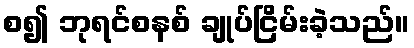
စ၍ ဘုရင်စနစ် ချုပ်ငြိမ်းခဲ့သည်။